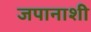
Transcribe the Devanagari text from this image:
जपानाशी